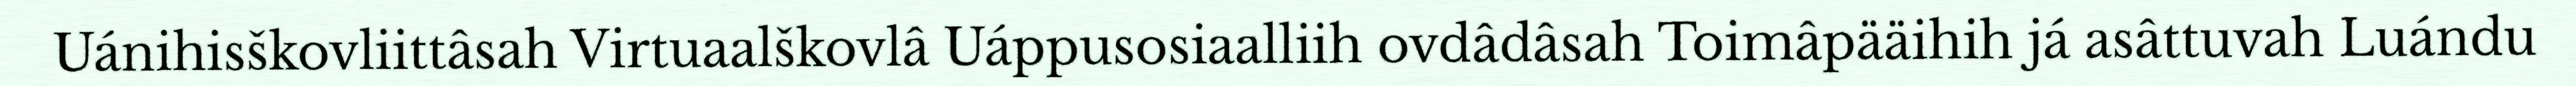
Uánihisškovliittâsah Virtuaalškovlâ Uáppusosiaalliih ovdâdâsah Toimâpääihih já asâttuvah Luándu